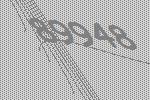
89948